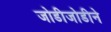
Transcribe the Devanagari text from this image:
जोडीजोडीने